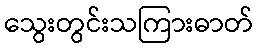
သွေးတွင်းသကြားဓာတ်